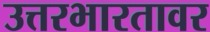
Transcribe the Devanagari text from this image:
उत्तरभारतावर